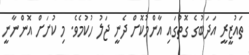
ތައުޒީރީ އަދަބުގެ ގޮތުގައި އާންމުކޮށް ދެނީ ޖަލު ހުކުމެވެ. މި ކުށަށް އޮންނާނީ